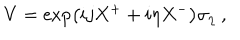
V = \exp \left( i j X ^ { + } + i \eta X ^ { - } \right) \sigma _ { \eta } ~ ,